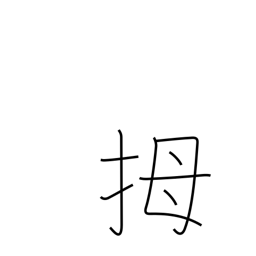
Meaning: thumb